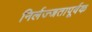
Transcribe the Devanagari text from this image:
निर्लज्जतापूर्वक